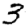
Digit: 3